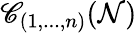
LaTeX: \mathscr{C}_{(1,...,n)}(\mathcal{N})